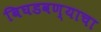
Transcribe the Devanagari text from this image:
बिघडवण्याचा